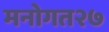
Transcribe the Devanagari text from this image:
मनोगत२७